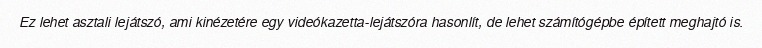
Ez lehet asztali lejátszó, ami kinézetére egy videókazetta-lejátszóra hasonlít, de lehet számítógépbe épített meghajtó is.